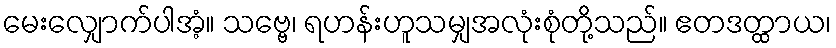
မေးလျှောက်ပါအံ့။ သဗ္ဗေ၊ ရဟန်းဟူသမျှအလုံးစုံတို့သည်။ ဧတဒတ္ထာယ၊